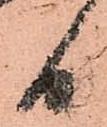
日